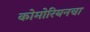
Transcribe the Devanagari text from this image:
कोमोरियनचा